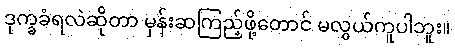
ဒုက္ခခံရလဲဆိုတာ မှန်းဆကြည့်ဖို့တောင် မလွယ်ကူပါဘူး။